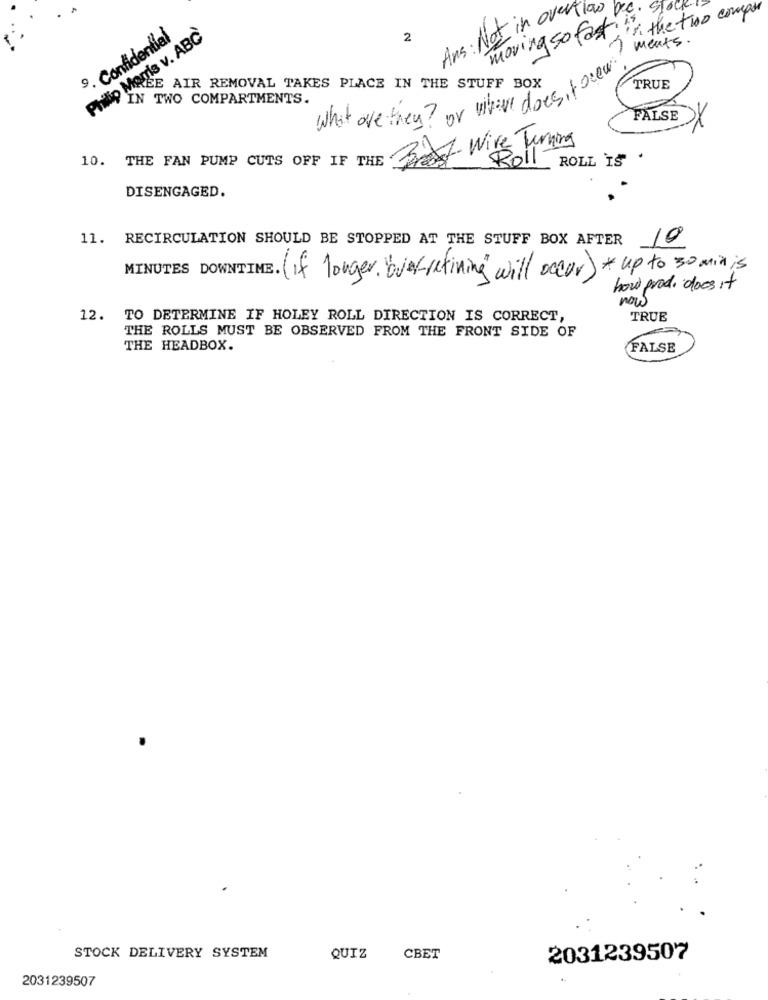
over low
in the two compor
. STOCK
moving so fast
9. Confidential
Philip Morris v. ABC
2
: Not
ments .
REE AIR REMOVAL TAKES PLACE IN THE STUFF BOX
TRUE
IN TWO COMPARTMENTS.
what are they? or vihave done, tonew
FALSE
By Wire Turning
10. THE FAN PUMP CUTS OFF IF THE
Roll
ROLL IS
DISENGAGED.
11. RECIRCULATION SHOULD BE STOPPED AT THE STUFF BOX AFTER
10
MINUTES DOWNTIME. ( if longer, buek refining will occur) + up to 30 min is
how prod. does it
now
12. TO DETERMINE IF HOLEY ROLL DIRECTION IS CORRECT,
TRUE
THE ROLLS MUST BE OBSERVED FROM THE FRONT SIDE OF
THE HEADBOX.
FALSE
STOCK DELIVERY SYSTEM
QUIZ
CBET
2031239507
2031239507